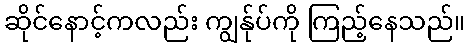
ဆိုင်နောင့်ကလည်း ကျွန်ုပ်ကို ကြည့်နေသည်။